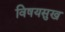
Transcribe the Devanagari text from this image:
विषयसुख